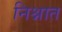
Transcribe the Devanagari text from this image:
निश्नात